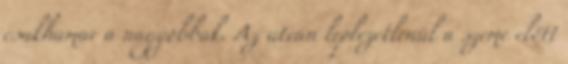
csakhamar a nagyobbak. Az utcán leplezetlenül a szeme előtt